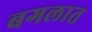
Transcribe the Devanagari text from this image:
बगलात